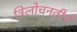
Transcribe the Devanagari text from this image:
त्रिलोचनतीर्थ